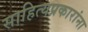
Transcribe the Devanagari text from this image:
साहित्यप्रकारांना